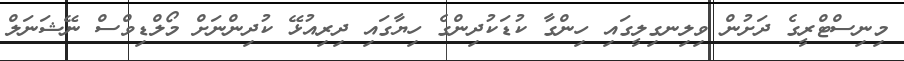
މިނިސްޓްރީގެ ދަށުން ވިލިނގިލީގައި ހިންގާ ކުޑަކުދިންގެ ހިޔާގައި ދިރިއުޅޭ ކުދިންނަށް މޯލްޑިވްސް ނޭޝަނަލް